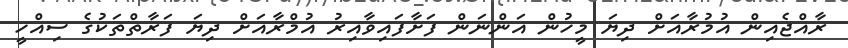
ރާއްޖެއިން އުމުރާއަށް ދިޔަ މީހުން އަންނަން ފަށާފައިވާއިރު އުމްރާއަށް ދިޔަ ފަރާތްތަކުގެ ސިއްހީ